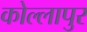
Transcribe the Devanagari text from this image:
कोल्लापुर